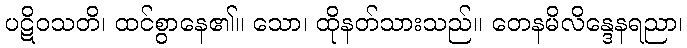
ပဋိဝသတိ၊ ထင်စွာနေ၏။ သော၊ ထိုနတ်သားသည်။ တေနမိလိန္ဒေနရညာ၊